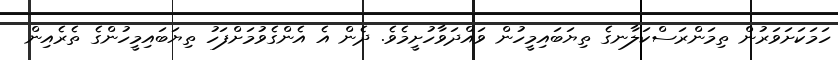
ހަމަކަށަވަރުން ތިމަންރަސްކަލާނގެ ތިޔަބައިމީހުން ވައްދަވާހުށީމެވެ. ދެން އެ އެންގެވުމަށްފަހު ތިޔަބައިމީހުންގެ ތެރެއިން